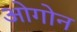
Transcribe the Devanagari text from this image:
ओगोन